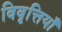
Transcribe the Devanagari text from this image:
विवृत्तियाँ